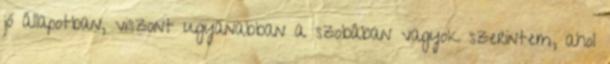
jó állapotban, viszont ugyanabban a szobában vagyok szerintem, ahol